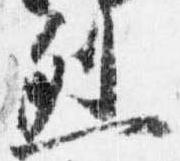
烈